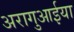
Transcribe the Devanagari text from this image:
अरागुआईया